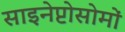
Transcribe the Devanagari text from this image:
साइनेप्टोसोमों